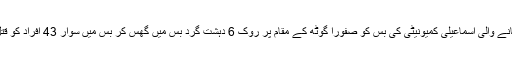
الاظہر گارڈن سے کریم آباد جانے والی اسماعیلی کمیونیٹی کی بس کو صفورا گوٹھ کے مقام پر روک 6 دہشت گرد بس میں گھس کر بس میں سوار 43 افراد کو قتل اور 13 کو زخمی کردیا تھا۔